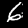
Digit: 6